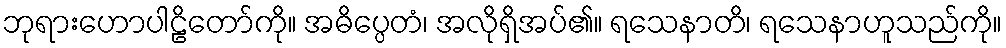
ဘုရားဟောပါဠိတော်ကို။ အဓိပ္ပေတံ၊ အလိုရှိအပ်၏။ ရသေနာတိ၊ ရသေနာဟူသည်ကို။